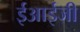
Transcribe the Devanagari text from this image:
ईआईजी